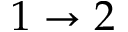
1 \rightarrow 2